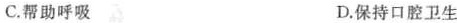
C.帮助呼吸 D.保持口腔卫生